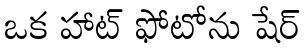
ఒక హాట్ ఫోటోను షేర్